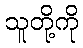
သူတို့ကို